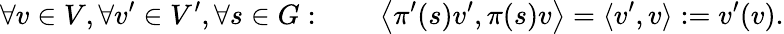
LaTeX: \forall v\in V,\forall v^{\prime}\in V^{\prime},\forall s\in G:\qquad\left\langle\pi^{\prime}(s)v^{\prime},\pi(s)v\right\rangle=\langle v^{\prime},v\rangle:=v^{\prime}(v).